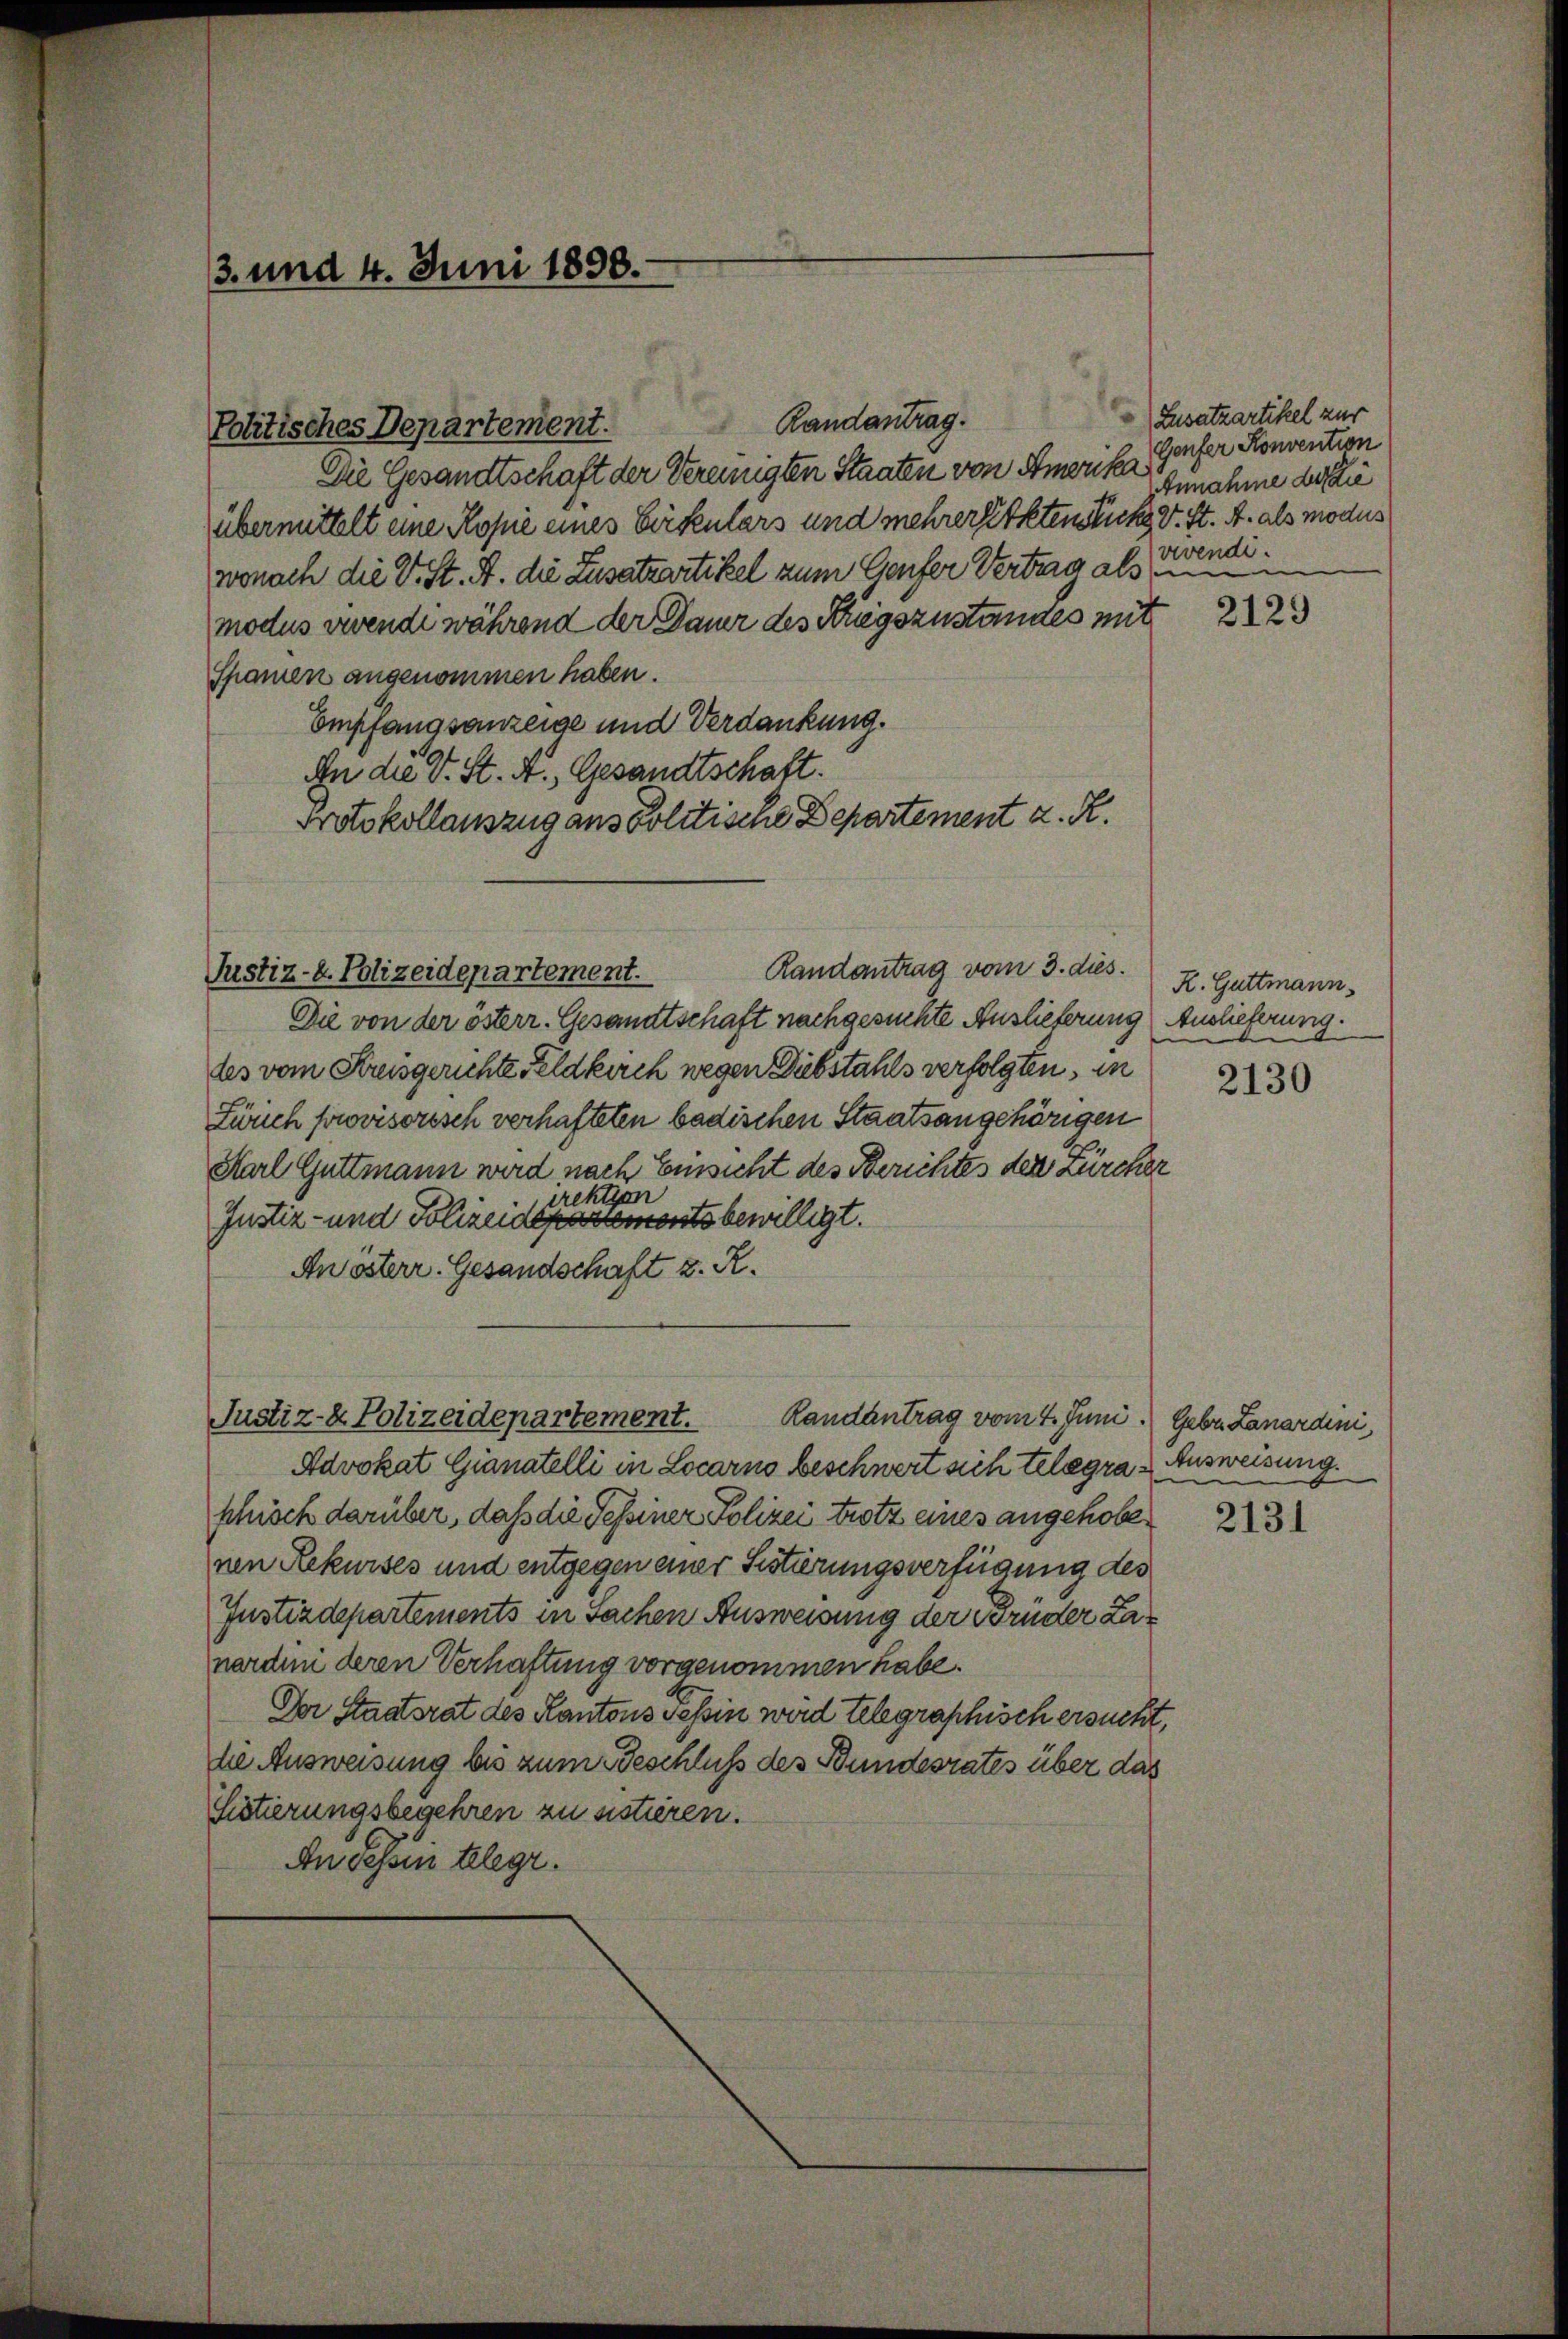
3. und 4. Juni 1898.

Politisches Depar

Die Gesandtschaft der Vereinigten Staaten von Amerika
übermittelt eine Kopie eines Cirkulars und mehrer Erkten Sticks v. St. A. als modus
wonach die V. St. A. die Zusatzartikel zum Genfer Vertrag als min
modus viende während der Dauer des Kriegszustandes mit
Spanien angenommen haben.
Empfangsanzeige und Verdankung.
An die V. St. A., Gesandtschaft.
Protokollauszug aus Politische Departement z. R.
Justiz- u. Polizeidepartement.
Die von der österr. Gesandtschaft nachgesuchte Auslieferung Auslieferung.
les vom Kreisgerichte Feldkirch wegen Diebstahls verfolgten, in
Zürich forovisorisch verhafteten badischen Staatsangehörigen
Karl Guttmann wird nach Einsicht des Berichtes der Zürcher
irektion
Justiz- und Polizeidepartements bewilligt.
An österr. Gesandschaft z. R.
Justiz- & Polizeidepartement.
Randantrag vom 4. Juni. Gebr. Lanardini,
Advokat Gianatelli in Locarno beschwert sich telegraschisch darüber, daß die Tessiner Polizei trotz eines angehobenen Rekurses und entgegen einer Fistierungsverfügung des
Justizdepartements in Sachen Ausweisung der Brüder Lanerchem deren Verhaftung vorgenommen habe.
Der Staatsrat des Kantons Tessin werd telegraphisch ersucht,
die Ausweisung bis zum Beschluß des Bundesrates über das
Sistierungsbegehren zu sistieren.
An Tessin telegr.

Randantrag vom 3. dies

Zusatzartikel zur
Genfer Konvention
Annahme die
vevendi.

2129

K. Guttmann,

2130

Ausweisung.
i

2131